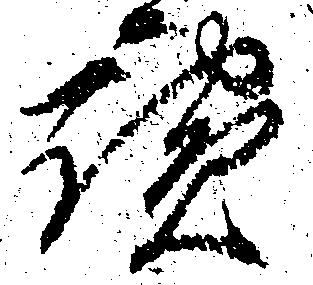
談